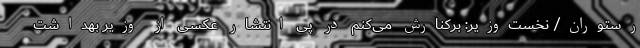
رستوران/ نخست‌وزیر: برکنارش می‌کنم در پی انتشار عکسی از وزیر بهداشت